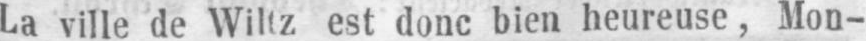
La ville de Wiltz est donc bien heureuse, Mon-